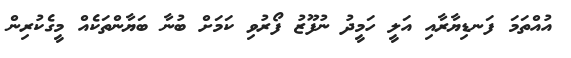
އުއްތަމަ ފަނޑިޔާރާއި އަލީ ހަމީދު ނުފޫޒު ފޯރުވި ކަމަށް ބުނާ ބަޔާންތަކެއް މީގެކުރިން